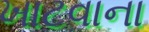
ખાટવાના